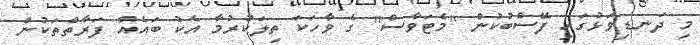
މި ދަނޑިވަޅުގައި ފޭސްބުކުން "މެޓަވާސް" ގެ ވާހަކަ ތިލަކުރުމާ އެކު ބައެއް ފަރާތްތަކުން